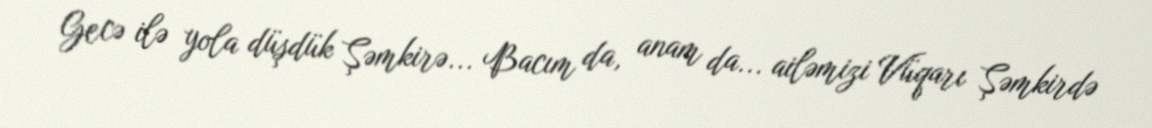
Gecə ilə yola düşdük Şəmkirə... Bacım da, anam da... ailəmizi Vüqarı Şəmkirdə